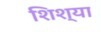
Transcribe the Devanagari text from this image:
शिश्या